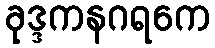
ခုဒ္ဒကနဂရကေ